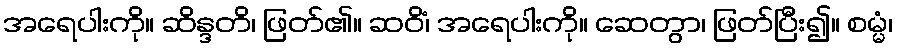
အရေပါးကို။ ဆိန္ဒတိ၊ ဖြတ်၏။ ဆဝိံ၊ အရေပါးကို။ ဆေတွာ၊ ဖြတ်ပြီး၍။ စမ္မံ၊